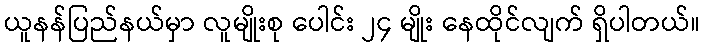
ယူနန်ပြည်နယ်မှာ လူမျိုးစု ပေါင်း ၂၄ မျိုး နေထိုင်လျက် ရှိပါတယ်။